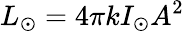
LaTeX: L_{\odot}=4\pi kI_{\odot}A^{2}